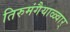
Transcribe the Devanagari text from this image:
तिरुमंगैयाळ्वार्